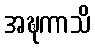
အဍ္ဎကာသိ